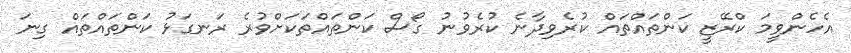
އެހެންވީމަ ކްރޭޒީ ކަންތައްތައް ކުރެވިދާނެ ކުރެވުނު ގޯސް ކަންތައްތަކަށްވުރެ ރަނގަޅު ކަންތައްތައް ގިނަ